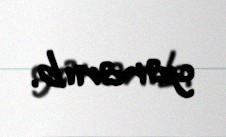
yaranıb.